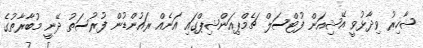
ޝާހިރު ވިދާޅުވީ އޭޝިއަން ފުޓްސަލް ޗެމްޕިއަންޝިޕްގައި އަނެއް ރައުންޑުން ފުރުސަތު ދޭނީ މުބާރާތުގެ